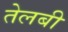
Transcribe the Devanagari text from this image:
तेलबी